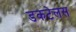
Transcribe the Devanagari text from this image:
डकटेलस